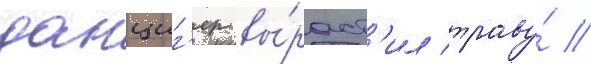
данциг'ер вы́раст'ил траву́ //